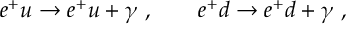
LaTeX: e ^ { + } u \to e ^ { + } u + \gamma ~ , \qquad e ^ { + } d \to e ^ { + } d + \gamma ~ ,